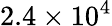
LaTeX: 2.4\times 10^{4}